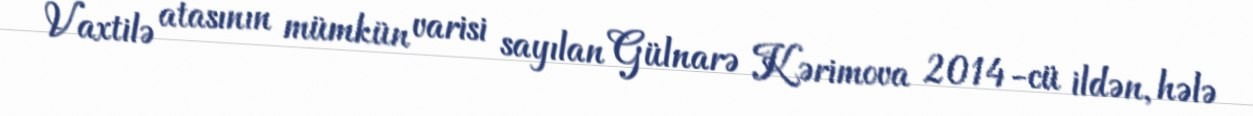
Vaxtilə atasının mümkün varisi sayılan Gülnarə Kərimova 2014-cü ildən, hələ